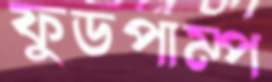
ফুডপাম্প